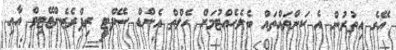
އޭގެ އިތުރުން އެ ކަންތައްތައް ބެލެހެއްޓުމަށް ހެލްތް އެންޑް ސޭޕްޓީ ރިޕްރެޒެންޓޭޓިވް އާއި